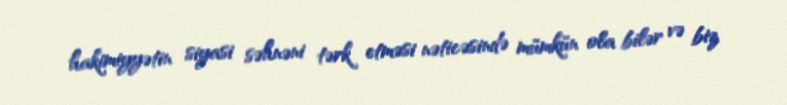
hakimiyyətin siyasi səhnəni tərk etməsi nəticəsində mümkün ola bilər və biz